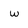
Character: w